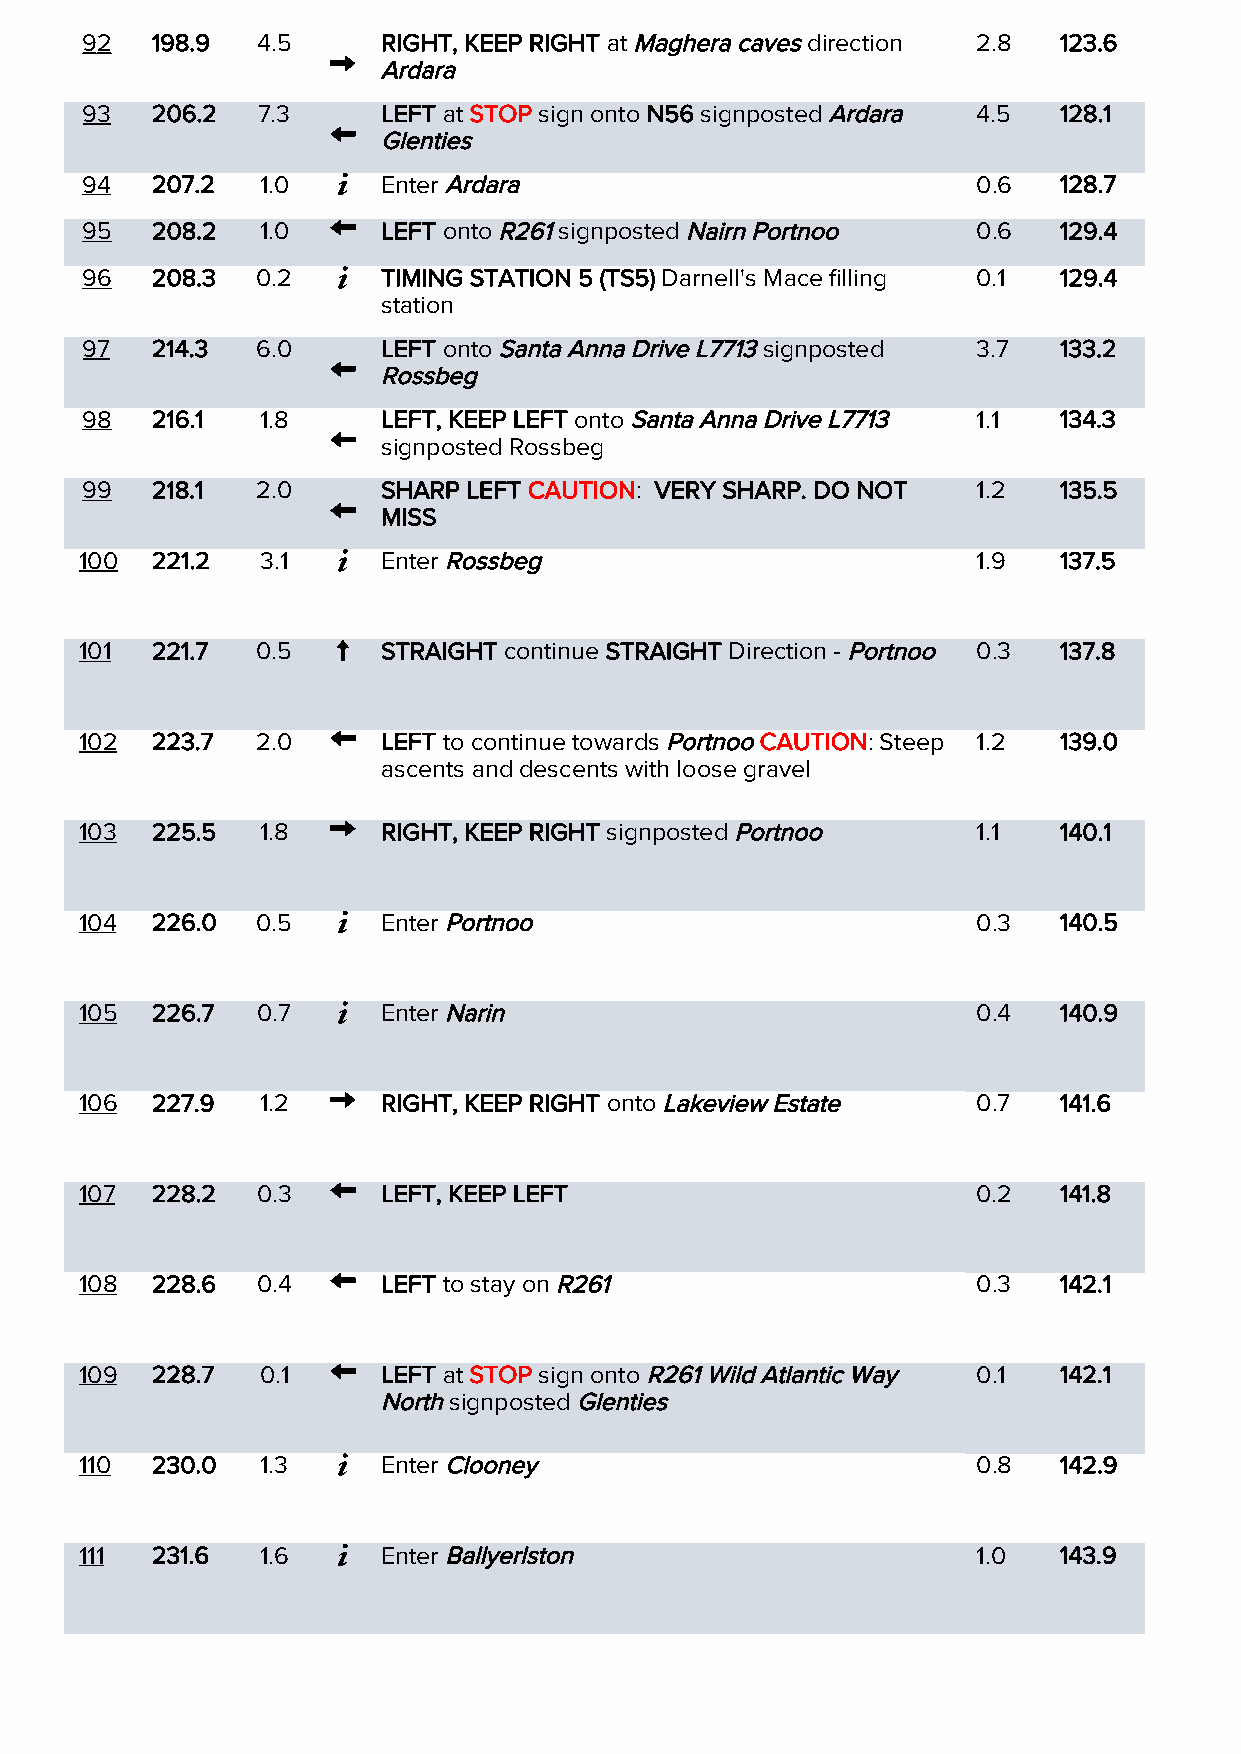
9 2  198.9  4.5     RIGHT, KEEP RIGHT at Maghera caves direction 2.8 123.6
 Ardara
 93   206.2  7.3     LEFT at STOP sign onto N56 signposted Ardara 4.5 128.1
 Glenties
 94   207.2  1.0     Enter Ardara                            0.6  128.7
 95   208.2  1.0     LEFT onto R261 signposted Nairn Portnoo 0.6  129.4
 96   208.3  0.2     TIMING STATION 5 (TS5) Darnell's Mace filling 0.1 129.4
 station
 97   214.3  6.0     LEFT onto Santa Anna Drive L7713 signposted 3.7 133.2
 Rossbeg
 98   216.1  1.8     LEFT, KEEP LEFT onto Santa Anna Drive L7713 1.1 134.3
 signposted Rossbeg
 99   218.1  2.0     SHARP LEFT CAUTION: VERY SHARP. DO NOT  1.2  135.5
 MISS
 100  221.2  3.1     Enter Rossbeg                           1.9  137.5
 101  221.7  0.5     STRAIGHT continue STRAIGHT Direction - Portnoo 0.3 137.8
 102  223.7  2.0     LEFT to continue towards Portnoo CAUTION: Steep 1.2 139.0
 ascents and descents with loose gravel
 103  225.5  1.8     RIGHT, KEEP RIGHT signposted Portnoo    1.1  140.1
 104  226.0  0.5     Enter Portnoo                           0.3  140.5
 105  226.7  0.7     Enter Narin                             0.4  140.9
 106  227.9  1.2     RIGHT, KEEP RIGHT onto Lakeview Estate  0.7  141.6
 107  228.2  0.3     LEFT, KEEP LEFT                         0.2  141.8
 108  228.6  0.4     LEFT to stay on R261                    0.3  142.1
 109  228.7  0.1     LEFT at STOP sign onto R261 Wild Atlantic Way 0.1 142.1
 North signposted Glenties
 110  230.0  1.3     Enter Clooney                           0.8  142.9
 111  231.6  1.6     Enter Ballyerlston                      1.0  143.9